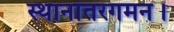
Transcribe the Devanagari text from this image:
स्थानांतरगमन।